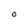
Character: O